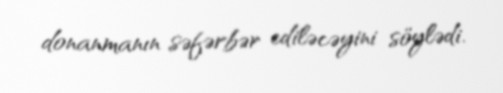
donanmanın səfərbər ediləcəyini söylədi.